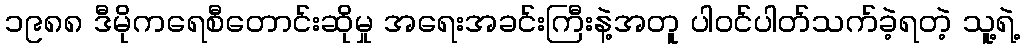
၁၉၈၈ ဒီမိုကရေစီတောင်းဆိုမှု အရေးအခင်းကြီးနဲ့အတူ ပါဝင်ပါတ်သက်ခဲ့ရတဲ့ သူ့ရဲ့